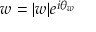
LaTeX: w = | w | e ^ { i \theta _ { w } }